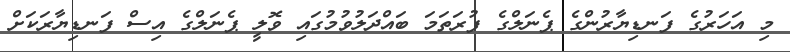
މި އަހަރުގެ ފަނޑިޔާރުންގެ ޕެނަލްގެ ފުރަތަމަ ބައްދަލުވުމުގައި ވޮލީ ޕެނަލްގެ އިސް ފަނޑިޔާރަކަށް